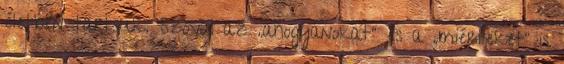
életben tartsuk. Szóval az „ahogyanokat” és a „miérteket” is